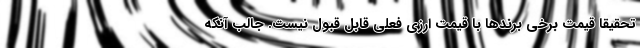
تحقیقا قیمت برخی برندها با قیمت ارزی فعلی قابل قبول نیست. جالب آنکه